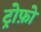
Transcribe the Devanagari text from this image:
ट्रोफ़ो